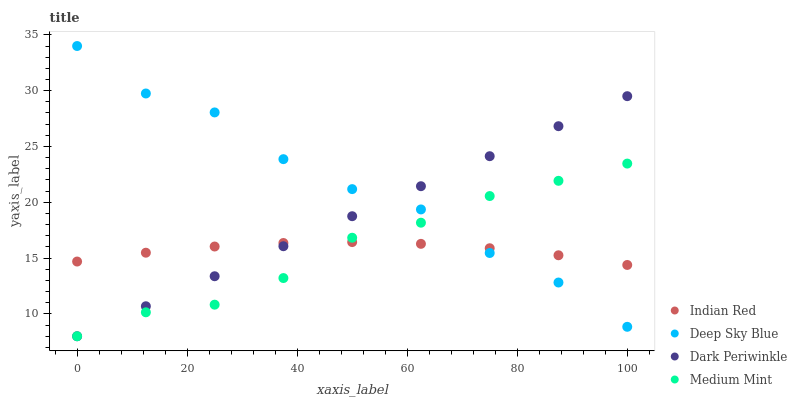
| xaxis_label | Indian Red | Deep Sky Blue | Dark Periwinkle | Medium Mint |
 | --- | --- | --- | --- | --- |
 | 0 | 14.7 | 34 | 8 | 8 |
 | 12.5 | 15.5 | 29.7 | 10.7 | 10.1 |
 | 25 | 16 | 28.1 | 13.4 | 10.8 |
 | 37.5 | 16.4 | 23.9 | 16.1 | 13.2 |
 | 50 | 16.4 | 21.2 | 18.8 | 16.8 |
 | 62.5 | 16.3 | 19.4 | 21.4 | 18.2 |
 | 75 | 15.9 | 15.5 | 24.1 | 20.6 |
 | 87.5 | 15.3 | 12.8 | 26.8 | 21.9 |
 | 100 | 14.4 | 8.85 | 29.5 | 23.5 |